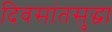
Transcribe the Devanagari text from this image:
दिवसांतसुद्धा